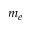
m _ { e }